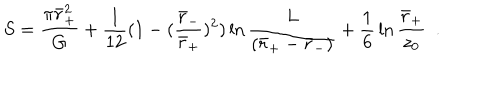
LaTeX: S = { \frac { \pi \bar { r } _ { + } ^ { 2 } } { G } } + { \frac { 1 } { 1 2 } } ( 1 - ( { \frac { \bar { r } _ { - } } { \bar { r } _ { + } } } ) ^ { 2 } ) \ln { \frac { L } { ( \bar { r } _ { + } - \bar { r } _ { - } ) } } + { \frac { 1 } { 6 } } \ln { \frac { \bar { r } _ { + } } { z _ { 0 } } } ~ ~ .